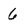
Character: 6